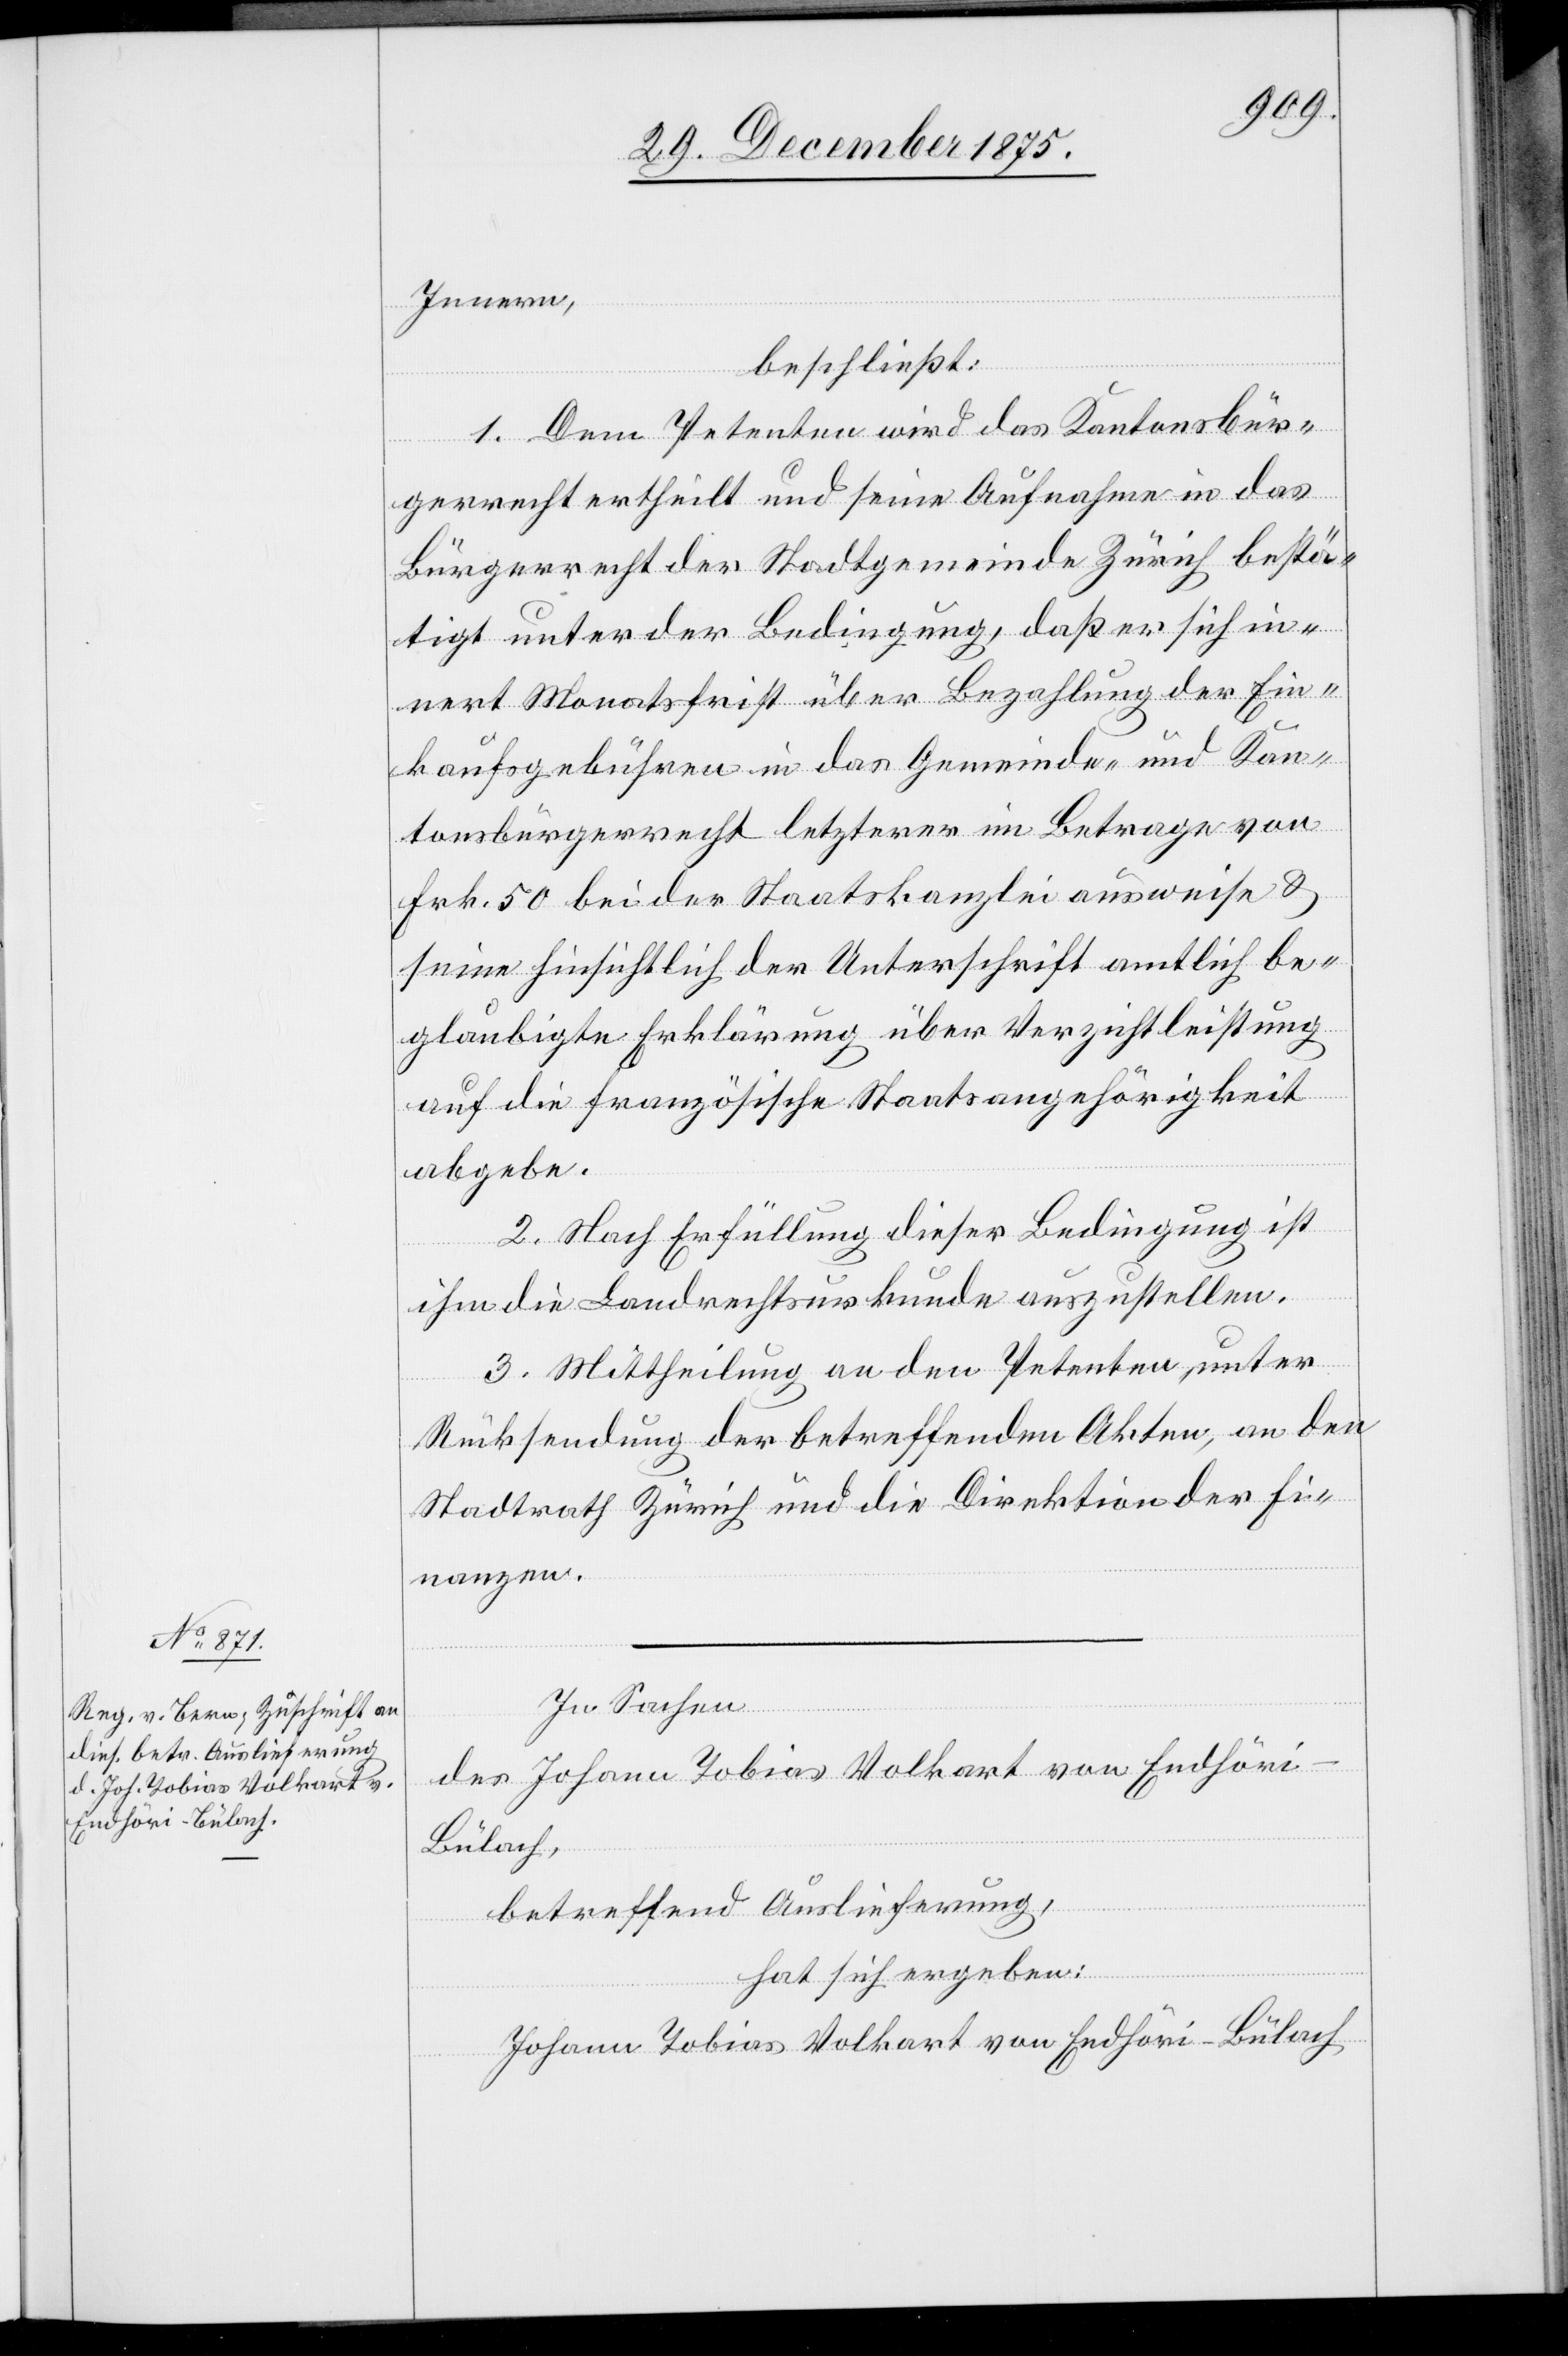
Innern,
beschließt:
1. Dem Petenten wird das Kantonsbür¬
gerrecht ertheilt und seine Aufnahme in das
Bürgerrecht der Stadtgemeinde Zürich bestä¬
tigt unter der Bedingung, daß er sich in¬
nert Monatsfrist über Bezahlung der Ein¬
kaufsgebühren in das Gemeinde- und Kan¬
tonsbürgerrecht letzterer im Betrage von
Frk. 50 bei der Staatskanzlei ausweise &
seine hinsichtlich der Unterschrift amtlich be¬
glaubigte Erklärung über Verzichtleistung
auf die französische Staatsangehörigkeit
abgebe.
2. Nach Erfüllung dieser Bedingung ist
ihm die Landrechtsurkunde auszustellen.
3. Mittheilung an den Petenten, unter
Rücksendung der betreffenden Akten, an den
Stadtrath Zürich und die Direktion der Fi¬
nanzen.
In Sachen
des Johann Tobias Volkart von Endhöri
Bülach,
betreffend Auslieferung,
hat sich ergeben:
Johann Tobias Volkart von Endhöri - Bülach